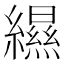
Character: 𦆴